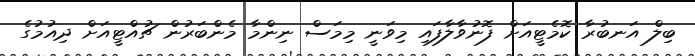
ބިލް އަނބުރާ ކޮމެޓީއަށް ފޮނުވާލާފައި މިވަނީ މިމަސް ނިންމާ މެންބަރުން ޗުއްޓީއަށް ދިއުމުގެ